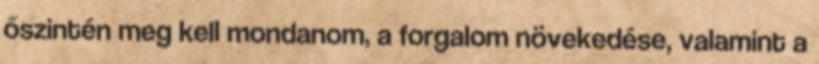
őszintén meg kell mondanom, a forgalom növekedése, valamint a